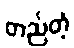
တည်တံ့